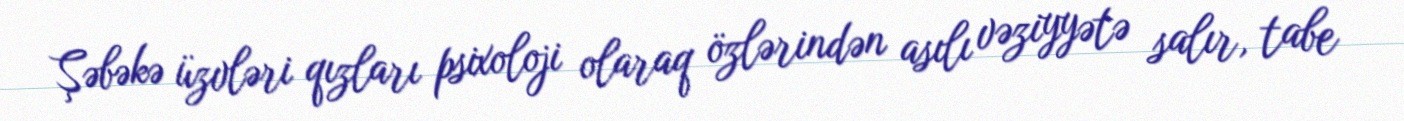
Şəbəkə üzvləri qızları psixoloji olaraq özlərindən asılı vəziyyətə salır, tabe